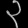
Digit: ၃